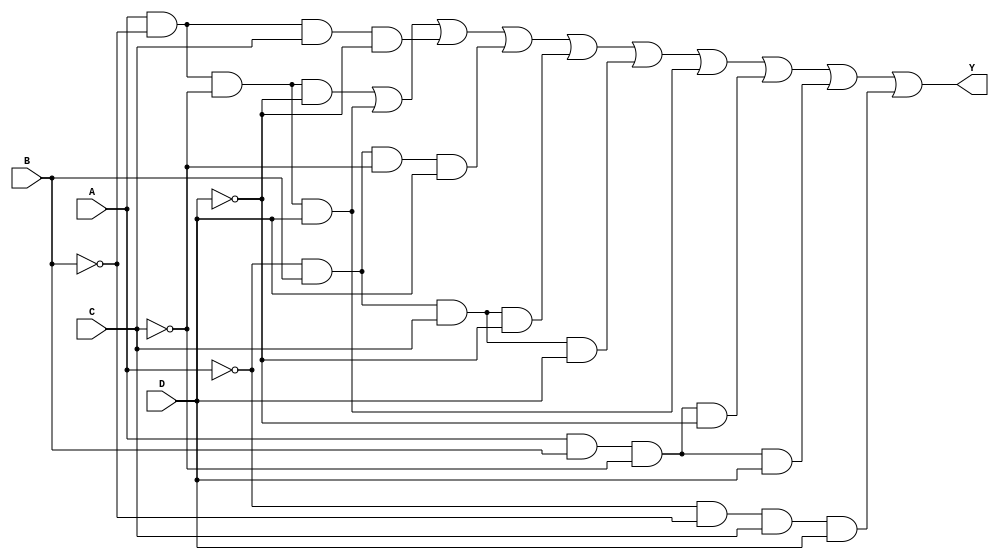
module combinational_logic_block (
    input wire A,
    input wire B,
    input wire C,
    input wire D,
    output wire Y
);

// Generate Outputs Based on Minterms
// Assume the following minterms are provided for simplification
// Example minterms: 0, 1, 2, 5, 6, 7, 8, 9, 10, 14 (for illustration)
assign Y = (A & ~B & ~C & ~D) | // minterm 0
           (A & ~B & ~C & D)  | // minterm 1
           (A & ~B & C & ~D)  | // minterm 2
           (~A & B & ~C & D)  | // minterm 5
           (~A & B & C & ~D)  | // minterm 6
           (~A & B & C & D)   | // minterm 7
           (A & ~B & ~C & D)  | // minterm 8
           (A & B & ~C & ~D)  | // minterm 9
           (A & B & ~C & D)   | // minterm 10
           (~A & ~B & C & D); // minterm 14

endmodule